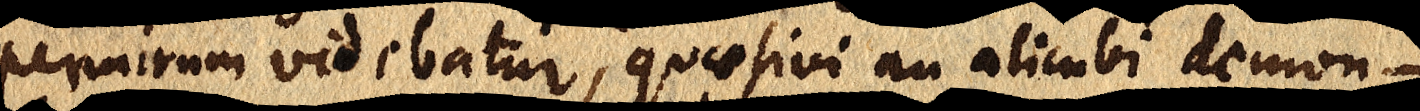
permirum videbatur, quaesivi an alicubi demon-